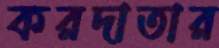
করদাতার